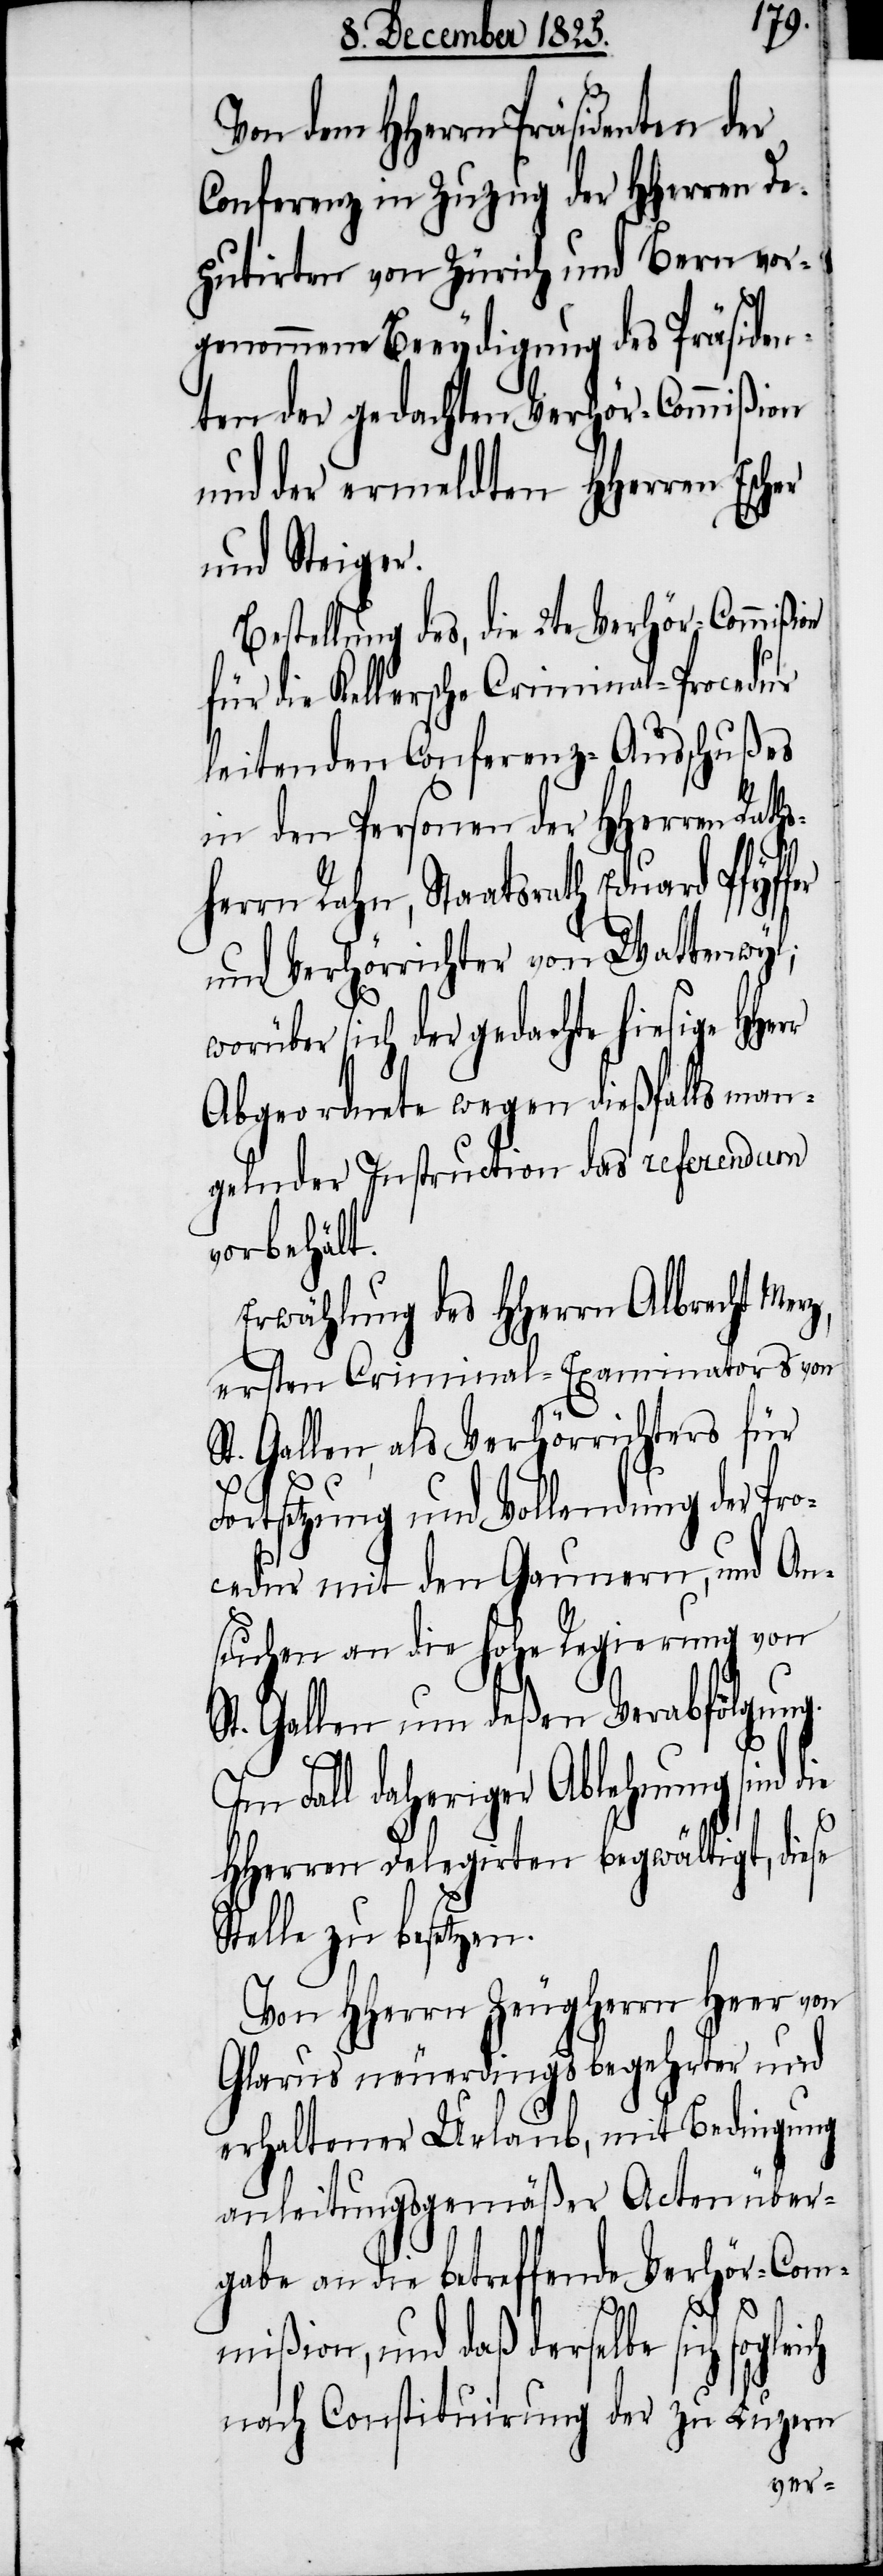
ch
Von dem HHerrn Präsidenten der
Conferenz in Zuzug der HHerren De¬
putirten von Zürich und Bern vor¬
genommene Beeydigung des Präsiden¬
ten der gedachten Verhör-Commißion
und der ermeldten HHerren Escher
und Steiger.
Bestellung des, die 2te Verhör-Commißion
für die Kellersche Criminal-Procedur
leitenden Conferenz-Ausschußes
in den Personen der HHerren Rat¬
herrn Rahn, Staatsrath Eduard Pfyf¬
und Verhörrichter von Wattenwyl,
worüber sich der gedachte hiesige H¬
Abgeordnete wegen dießfalls man¬
gelnder Instruction das referendum
vorbehält.
Erwählung des HHerrn Albrecht Mer¬
z, ersten Criminal-Examinators von
St. Gallen, als Verhörrichters für
Fortsetzung und Vollendung der Pro¬
cedur mit den Gaunern, und An¬
suchen an die hohe Regierung von
St. Gallen um deßen Verabfolgung.
Im Fall daheriger Ablehnung sind
HHerren Delegirten begwältigt, diese
Stelle zu besetzen.
Von HHerrn Zeugherrn Heer von
Glarus neuerdings begehrter und
erhaltender Urlaub, mit Bedingung
anleitungsgemäßer Actenüber¬
gabe an die betreffende Verhör-Com¬
mißion, und daß derselbe sich soglei¬
nach Constituirung der zu Luzern
Herr